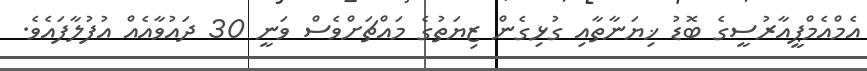
އެމްއެމްޕީއާރުސީގެ ބޮޑު ޚިޔަނާތާއި ގުޅިގެން ޒިޔަތުގެ މައްޗަށްވެސް ވަނީ 30 ދައުވާއެއް އުފުލާފައެވެ.